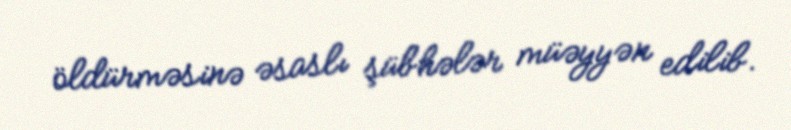
öldürməsinə əsaslı şübhələr müəyyən edilib.